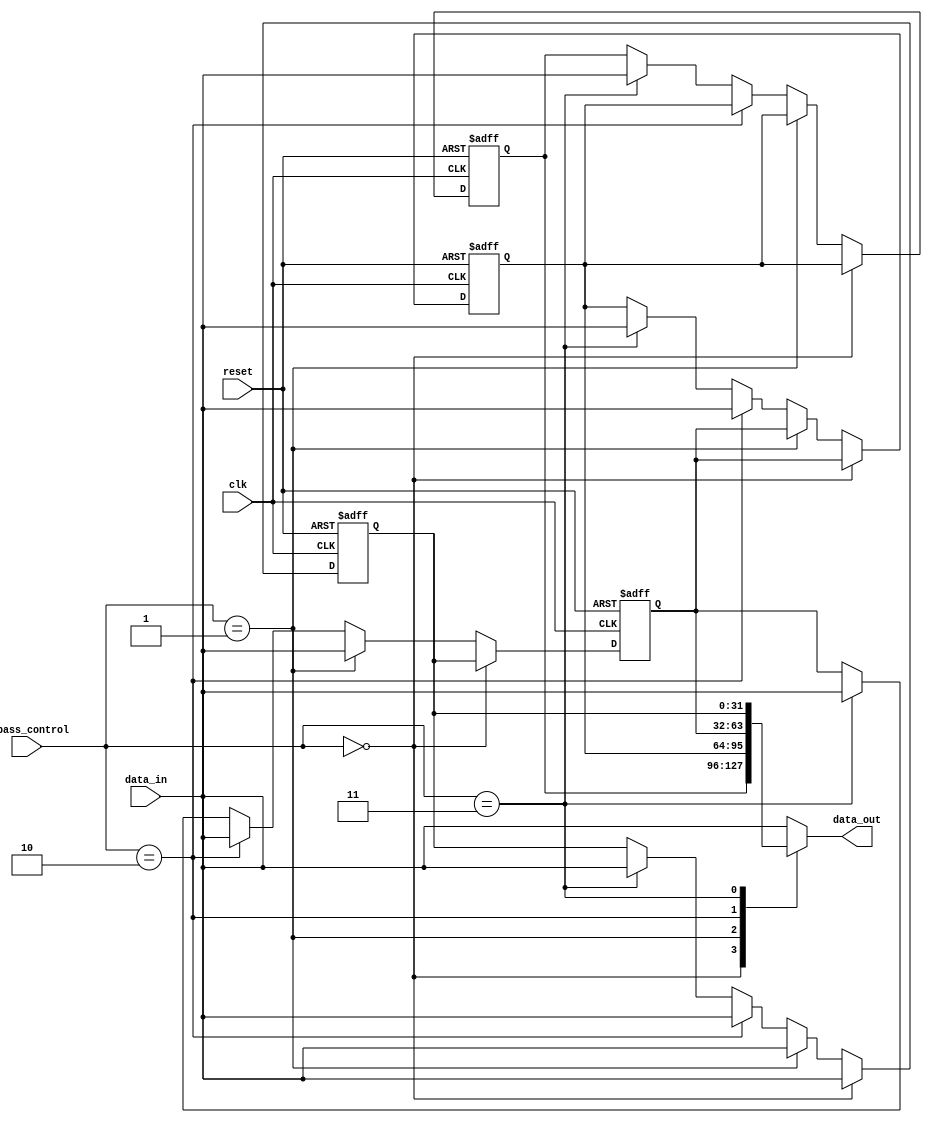
module bypass_register(
    input [31:0] data_in,
    input clk,
    input reset,
    input [3:0] bypass_control,
    output reg [31:0] data_out
);

reg [31:0] reg1, reg2, reg3, reg4;

always @(posedge clk or posedge reset) begin
    if (reset) begin
        reg1 <= 0;
        reg2 <= 0;
        reg3 <= 0;
        reg4 <= 0;
    end else begin
        if (bypass_control == 4'b0000) begin
            reg1 <= data_in;
            reg2 <= reg1;
            reg3 <= reg2;
            reg4 <= reg3;
        end else if (bypass_control == 4'b0001) begin
            reg1 <= data_in;
            reg2 <= data_in;
            reg3 <= reg2;
            reg4 <= reg3;
        end else if (bypass_control == 4'b0010) begin
            reg1 <= data_in;
            reg2 <= data_in;
            reg3 <= data_in;
            reg4 <= reg3;
        end else if (bypass_control == 4'b0011) begin
            reg1 <= data_in;
            reg2 <= data_in;
            reg3 <= data_in;
            reg4 <= data_in;
        end
    end
end

// Output based on bypass control
always @* begin
    case (bypass_control)
        4'b0000: data_out = reg4;
        4'b0001: data_out = reg3;
        4'b0010: data_out = reg2;
        4'b0011: data_out = reg1;
        default: data_out = data_in;
    endcase
end

endmodule